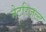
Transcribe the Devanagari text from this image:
नेटरिज़ल्ट